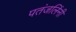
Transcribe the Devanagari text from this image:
पतंजलिंनी